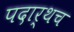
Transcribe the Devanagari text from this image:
पदार्थच